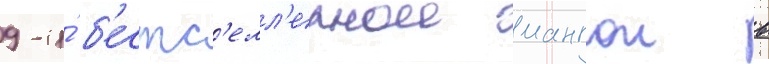
9-и́ б'естс'елл'ернои мангои в